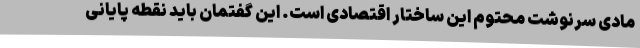
مادی سرنوشت محتوم این ساختار اقتصادی است. این گفتمان باید نقطه پایانی